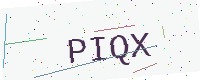
Text: PIQX